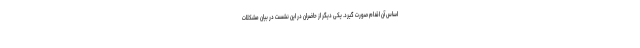
اساس آن اقدام صورت گیرد. یکی دیگر از حاضران در این نشست در بیان مشکلات